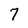
Character: 7